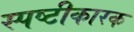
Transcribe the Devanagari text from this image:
स्पष्टीकारक